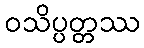
ဝသိပ္ပတ္တဿ